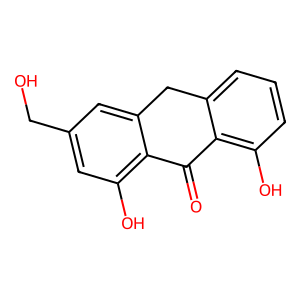
SMILES: O=C1c2c(O)cccc2Cc2cc(CO)cc(O)c21
Inhibits HIV replication: No